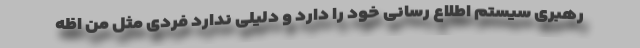
رهبری سیستم اطلاع رسانی خود را دارد و دلیلی ندارد فردی مثل من اظه